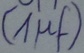
Text: (1µf)